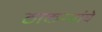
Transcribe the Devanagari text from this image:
ठाकऱ्यांचे